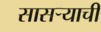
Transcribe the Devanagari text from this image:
सासऱ्याची